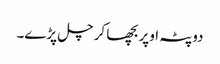
دوپٹہ اوپر بچھا کر چل پڑے۔